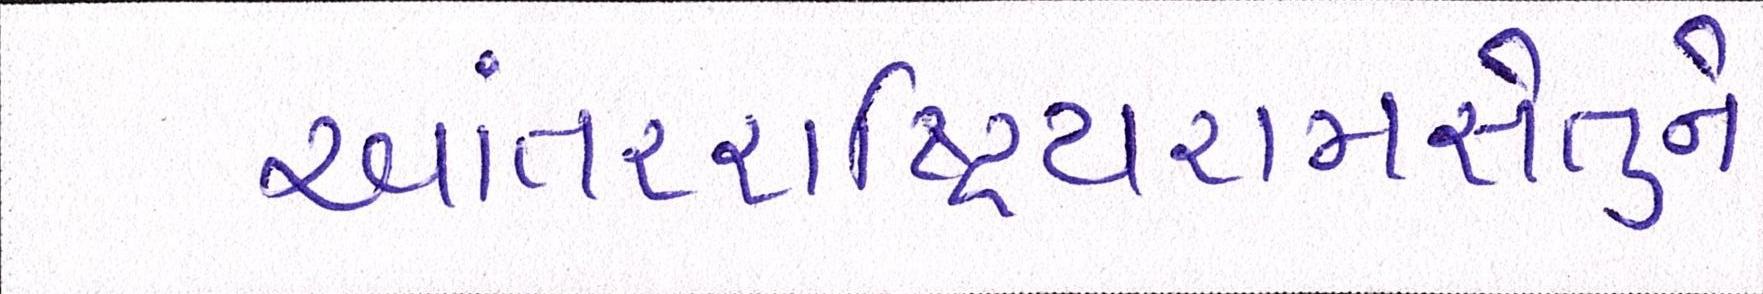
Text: આંતરરાષ્ટ્રિયરામસેતુને